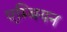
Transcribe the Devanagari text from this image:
एम्बियन